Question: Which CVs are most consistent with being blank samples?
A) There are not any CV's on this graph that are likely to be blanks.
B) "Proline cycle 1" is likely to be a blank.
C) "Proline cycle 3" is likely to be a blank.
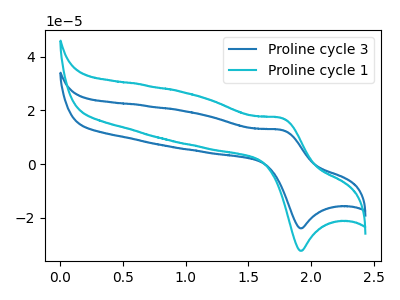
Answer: <think>The blue curve "Proline cycle 3" has an anodic peak at (1.75V, 12.70uA) and a cathodic peak at (1.90V, -23.95uA). The cyan curve "Proline cycle 1" has an anodic peak at (1.75V, 17.15uA) and a cathodic peak at (1.90V, -32.30uA).</think>
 <answer>A) There are not any CV's on this graph that are likely to be blanks.</answer>
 <eval>A</eval>